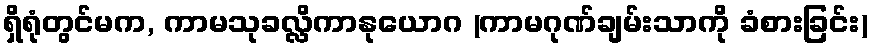
ရှိရုံတွင်မက, ကာမသုခလ္လိကာနုယောဂ (ကာမဂုဏ်ချမ်းသာကို ခံစားခြင်း)